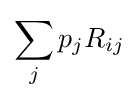
\sum _{j}p_{j}R_{ij}